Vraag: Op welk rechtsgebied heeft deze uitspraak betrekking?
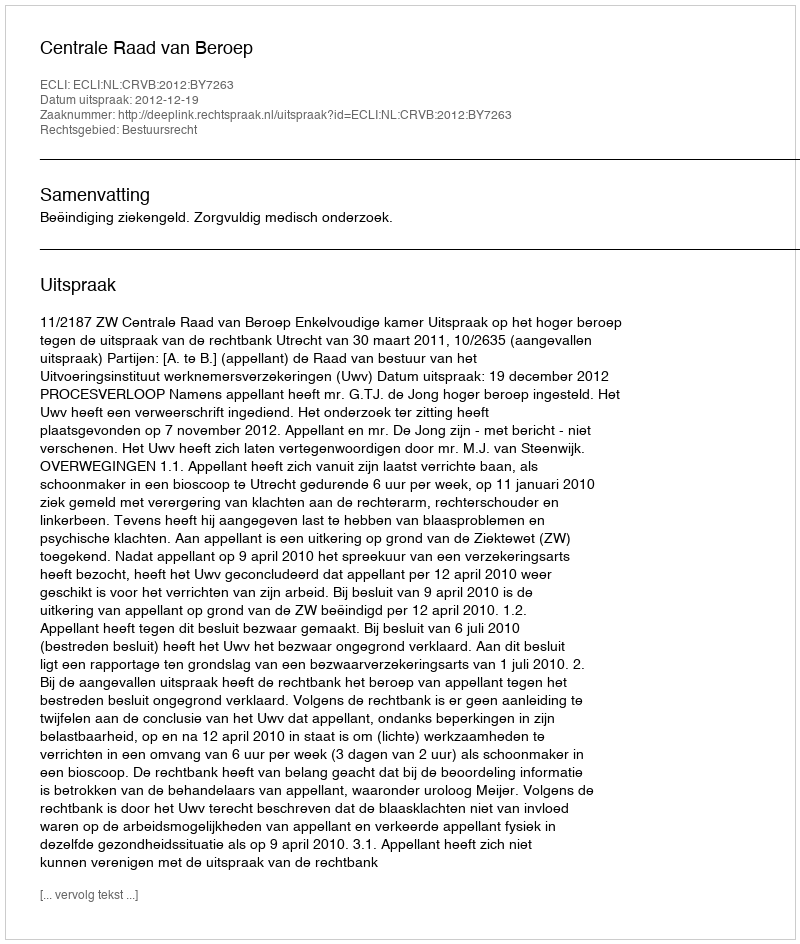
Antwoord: Bestuursrecht